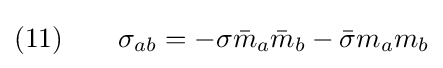
(11)\qquad \sigma _{ab}=-\sigma {\bar {m}}_{a}{\bar {m}}_{b}-{\bar {\sigma }}m_{a}m_{b}